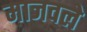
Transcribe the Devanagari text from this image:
माजवले